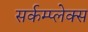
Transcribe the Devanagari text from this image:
सर्कम्प्लेक्स